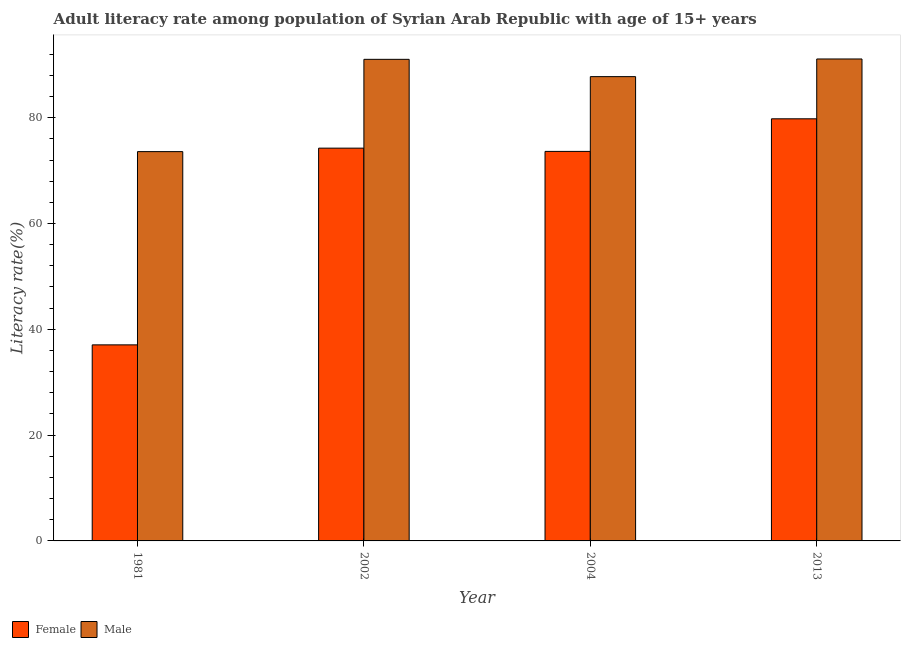
| Year | Female | Male |
 | --- | --- | --- |
 | 1981 | 37.1 | 73.6 |
 | 2002 | 74.2 | 91 |
 | 2004 | 73.6 | 87.8 |
 | 2013 | 79.8 | 91.1 |